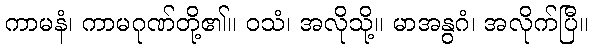
ကာမနံ၊ ကာမဂုဏ်တို့၏။ ဝသံ၊ အလိုသို့။ မာအနွဂံ၊ အလိုက်ပြီ။